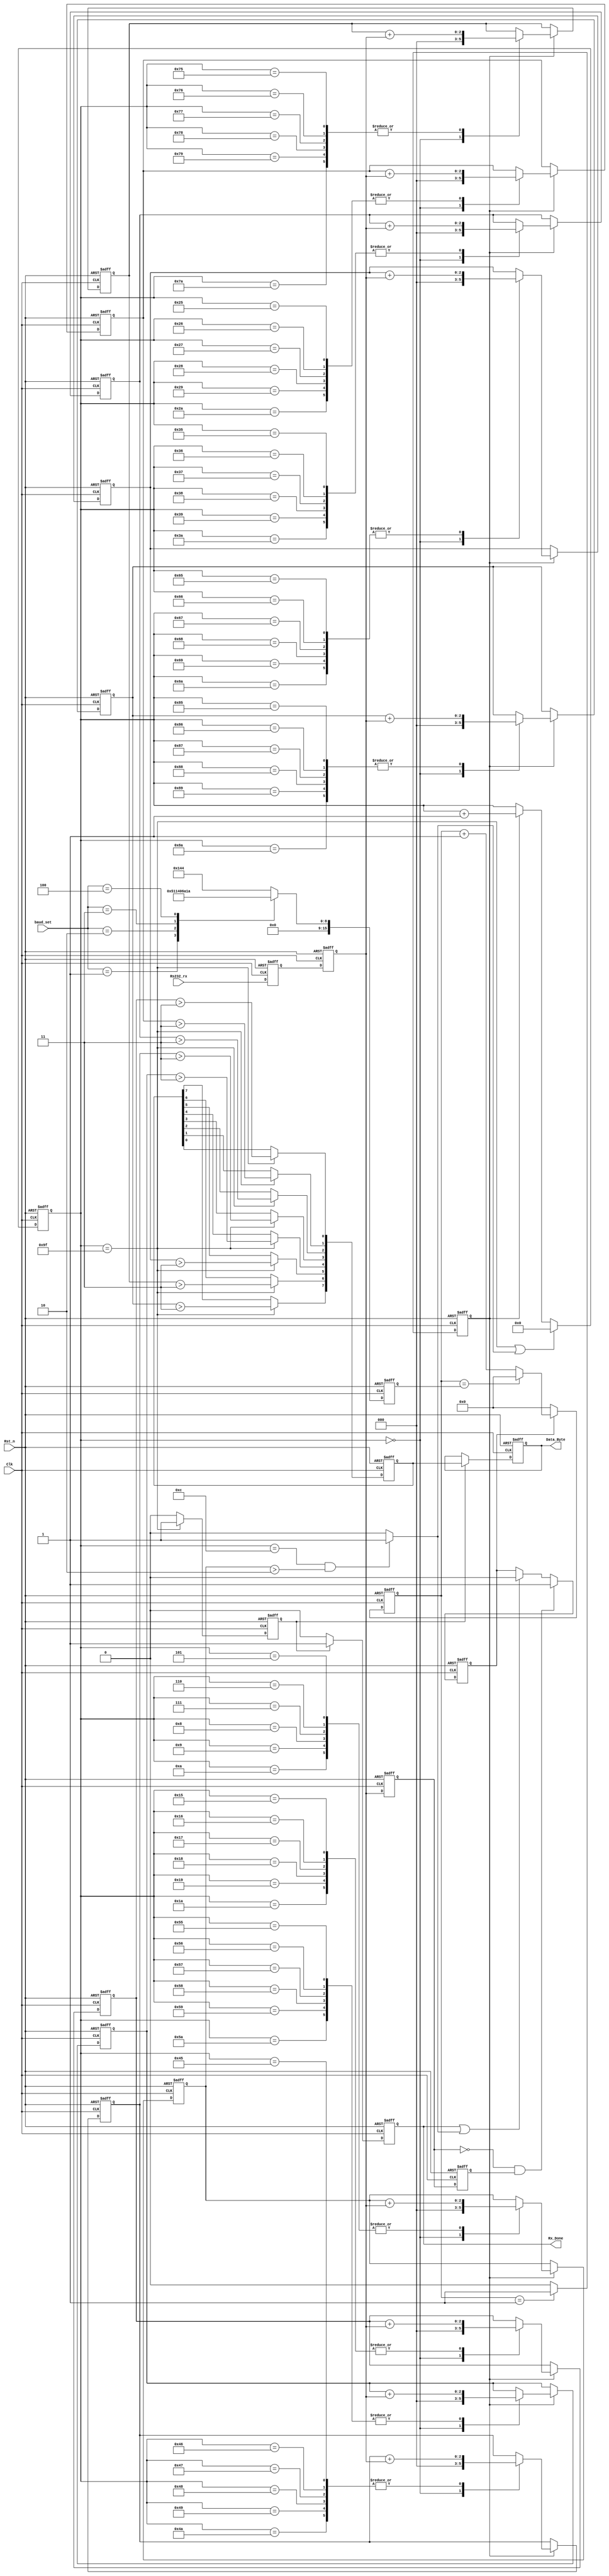
/***************************************************
*	Module Name		:	uart_byte_rx		   
*	Engineer		   :	
*	Target Device	:	EP4CE10F17C8
*	Tool versions	:	Quartus II 13.0
*	Revision		   :	v1.0
*	Description		:  
**************************************************/
module uart_byte_rx(
	Clk,
	Rst_n,
	Rs232_rx,
	baud_set,

	Data_Byte,
	Rx_Done
);

	input           Clk;
	input           Rst_n;
	input           Rs232_rx;
	input      [2:0]baud_set;

	output reg [7:0]Data_Byte;
	output reg      Rx_Done;
	

	
	reg       [15:0]bps_DR;     //
	reg       [15:0]div_cnt;    //
	reg             bps_clk;    //16
	reg        [7:0]bps_cnt;    //
	reg             uart_state; //10	
	
	reg             rx_done_r;  //
	wire            ndge;
	wire            error_start;//
	
	reg s0_Rs232_rx, s1_Rs232_rx;    //
	reg tmp0_Rs232_rx, tmp1_Rs232_rx;//
	
	//
	always@(posedge Clk or negedge Rst_n)
	if(!Rst_n)begin
		s0_Rs232_rx <= 1'b0;
		s1_Rs232_rx <= 1'b0;
	end
	else begin
		s0_Rs232_rx <= Rs232_rx;
		s1_Rs232_rx <= s0_Rs232_rx;
	end
	
	//
	always@(posedge Clk or negedge Rst_n)
	if(!Rst_n)begin
		tmp0_Rs232_rx <= 1'b0;
		tmp1_Rs232_rx <= 1'b0;
	end
	else begin
		tmp0_Rs232_rx <= s1_Rs232_rx;
		tmp1_Rs232_rx <= tmp0_Rs232_rx;
	end
	
	assign ndge = !tmp0_Rs232_rx & tmp1_Rs232_rx;
	
	//
	always@(posedge Clk or negedge Rst_n)
	if(!Rst_n)
		bps_DR = 16'd324;
	else begin
		case(baud_set)
			3'd0:bps_DR = 16'd324; //9600*16
			3'd1:bps_DR = 16'd162; //19200*16
			3'd2:bps_DR = 16'd80;  //38400*16
			3'd3:bps_DR = 16'd53;  //57600*16
			3'd4:bps_DR = 16'd26;  //115200*16
			default:bps_DR = 16'd324;	
		endcase
	end
	
	//
	always@(posedge Clk or negedge Rst_n)
	if(!Rst_n)
		div_cnt <= 16'd0;
	else if(!uart_state)
		div_cnt <= 16'd0;
	else if(div_cnt == bps_DR)
		div_cnt <= 16'd0;
	else	
		div_cnt <= div_cnt + 16'b1;		
	
	//
	always@(posedge Clk or negedge Rst_n)
	if(!Rst_n)
		bps_clk <= 1'b0;
	else if(div_cnt == 16'b1)
		bps_clk <= 1'b1;
	else	
		bps_clk <= 1'b0;
		
	//
	always@(posedge Clk or negedge Rst_n)
	if(!Rst_n)
		uart_state <= 1'b0;
	else if(ndge)
		uart_state <= 1'b1;
	else if(Rx_Done || error_start)
		uart_state <= 1'b0;
	else
		uart_state <= uart_state;	
	
	//bps_cnt
	always@(posedge Clk or negedge Rst_n)
	if(!Rst_n)
		bps_cnt <= 8'b0;
	else if(bps_cnt == 8'd159 || error_start)
		bps_cnt <= 8'b0;
	else if(bps_clk)	
		bps_cnt <= bps_cnt + 8'b1;
	else
		bps_cnt <= bps_cnt;
		
	//rx_done_r
	always@(posedge Clk or negedge Rst_n)
	if(!Rst_n)
		rx_done_r <= 1'b0;
	else if(bps_cnt == 8'd159)
		rx_done_r <= 1'b1;
	else 
		rx_done_r <= 1'b0;	
		
	reg [2:0]r_Data_Byte[7:0];
	reg [7:0]tmp_Data_Byte;
	reg [2:0]START_BIT;
	reg [2:0]STOP_BIT;
	
	//, 1666
	always@(posedge Clk or negedge Rst_n)
	if(!Rst_n)begin
		START_BIT <= 3'd0;
		r_Data_Byte[0] <= 3'd0;
		r_Data_Byte[1] <= 3'd0;
		r_Data_Byte[2] <= 3'd0;
		r_Data_Byte[3] <= 3'd0;
		r_Data_Byte[4] <= 3'd0;
		r_Data_Byte[5] <= 3'd0;
		r_Data_Byte[6] <= 3'd0;
		r_Data_Byte[7] <= 3'd0;	
		STOP_BIT <= 3'd0;
	end
	else if(bps_clk)begin
		case(bps_cnt)
		0:begin
			START_BIT <= 3'd0;
			r_Data_Byte[0] <= 3'd0;
			r_Data_Byte[1] <= 3'd0;
			r_Data_Byte[2] <= 3'd0;
			r_Data_Byte[3] <= 3'd0;
			r_Data_Byte[4] <= 3'd0;
			r_Data_Byte[5] <= 3'd0;
			r_Data_Byte[6] <= 3'd0;
			r_Data_Byte[7] <= 3'd0;
			STOP_BIT <= 3'd0;
		end
		5,  6,  7,  8,  9,  10: START_BIT <= START_BIT + s1_Rs232_rx;
		21, 22, 23, 24, 25, 26: r_Data_Byte[0] <= r_Data_Byte[0] + s1_Rs232_rx;
		37, 38, 39, 40, 41, 42: r_Data_Byte[1] <= r_Data_Byte[1] + s1_Rs232_rx;
		53, 54, 55, 56, 57, 58: r_Data_Byte[2] <= r_Data_Byte[2] + s1_Rs232_rx;
		69, 70, 71, 72, 73, 74: r_Data_Byte[3] <= r_Data_Byte[3] + s1_Rs232_rx;
		85, 86, 87, 88, 89, 90: r_Data_Byte[4] <= r_Data_Byte[4] + s1_Rs232_rx;
		101,102,103,104,105,106:r_Data_Byte[5] <= r_Data_Byte[5] + s1_Rs232_rx;
		117,118,119,120,121,122:r_Data_Byte[6] <= r_Data_Byte[6] + s1_Rs232_rx;
		133,134,135,136,137,138:r_Data_Byte[7] <= r_Data_Byte[7] + s1_Rs232_rx;
		149,150,151,152,153,154:STOP_BIT <= STOP_BIT + s1_Rs232_rx;
		default:begin
			START_BIT <= START_BIT;
			r_Data_Byte[0] <= r_Data_Byte[0];
			r_Data_Byte[1] <= r_Data_Byte[1];
			r_Data_Byte[2] <= r_Data_Byte[2];
			r_Data_Byte[3] <= r_Data_Byte[3];
			r_Data_Byte[4] <= r_Data_Byte[4];
			r_Data_Byte[5] <= r_Data_Byte[5];
			r_Data_Byte[6] <= r_Data_Byte[6];
			r_Data_Byte[7] <= r_Data_Byte[7];
			STOP_BIT <= STOP_BIT;
		end
		endcase
	end
	
	//1
	assign error_start = ((bps_cnt == 8'd12) && (START_BIT > 2))?1'b1:1'b0;	
	
	//
	always@(posedge Clk or negedge Rst_n)
	if(!Rst_n)
		tmp_Data_Byte <= 8'b0000_0000;
	else if(bps_cnt == 8'd159)begin
		tmp_Data_Byte[0] <= (r_Data_Byte[0]>3);
		tmp_Data_Byte[1] <= (r_Data_Byte[1]>3);
		tmp_Data_Byte[2] <= (r_Data_Byte[2]>3);
		tmp_Data_Byte[3] <= (r_Data_Byte[3]>3);
		tmp_Data_Byte[4] <= (r_Data_Byte[4]>3);
		tmp_Data_Byte[5] <= (r_Data_Byte[5]>3);
		tmp_Data_Byte[6] <= (r_Data_Byte[6]>3);
		tmp_Data_Byte[7] <= (r_Data_Byte[7]>3);	
	end
	
	//
	always@(posedge Clk or negedge Rst_n)
	if(!Rst_n)
		Data_Byte <= 8'd0;
	else if(rx_done_r)
		Data_Byte <= tmp_Data_Byte;
	else
		Data_Byte <= Data_Byte;
		
	//Rx_Done
	always@(posedge Clk or negedge Rst_n)
	if(!Rst_n)
		Rx_Done <= 1'b0;
	else if(rx_done_r)
		Rx_Done <= 1'b1;
	else
		Rx_Done <= 1'b0;
		
endmodule